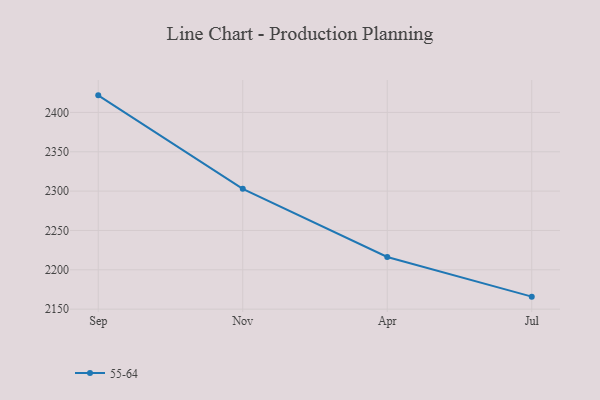
{"axis": {"x": "Month", "y": "Backlog"}, "legend": ["55-64"], "data": [{"x": "Sep", "y": 2421.7, "type": "55-64"}, {"x": "Nov", "y": 2302.9, "type": "55-64"}, {"x": "Apr", "y": 2216.3, "type": "55-64"}, {"x": "Jul", "y": 2165.9, "type": "55-64"}]}